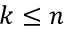
k \leq n